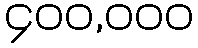
၄၀၀,၀၀၀